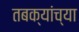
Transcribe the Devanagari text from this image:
तबक्यांच्या